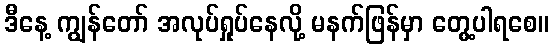
ဒီနေ့ ကျွန်တော် အလုပ်ရှုပ်နေလို့ မနက်ဖြန်မှာ တွေ့ပါရစေ။